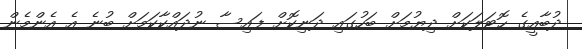
ދުބާއީގެ ހޮޓަލަކަށް ދިޔުމަށް ބަހުގައި ދަނިކޮށް ފައިސާ ނުދައްކާކަމަށް ބުނެ އެ އެންމެން